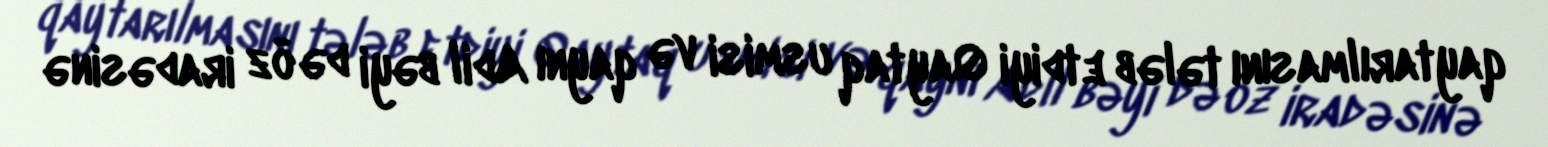
qaytarılmasını tələb etdiyi Qaytaq usmisi və qaynı Adil bəyi də öz iradəsinə